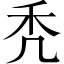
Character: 秃